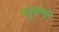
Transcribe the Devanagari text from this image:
पूलामुळे